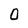
Character: O